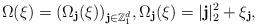
\begin{align*}\Omega(\xi)=(\Omega_\textbf{j}(\xi))_{\textbf{j}\in\mathbb{Z}^d_1},\Omega_\textbf{j}(\xi)=|\textbf{j}|_2^2+\xi_{\textbf{j}},\end{align*}